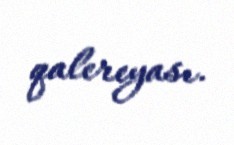
qalereyası.